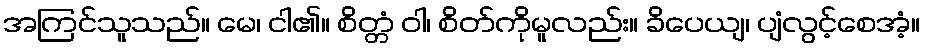
အကြင်သူသည်။ မေ၊ ငါ၏။ စိတ္တံ ဝါ၊ စိတ်ကိုမူလည်း။ ခိပေယျ၊ ပျံလွင့်စေအံ့။